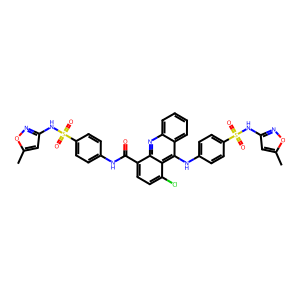
SMILES: Cc1cc(NS(=O)(=O)c2ccc(NC(=O)c3ccc(Cl)c4c(Nc5ccc(S(=O)(=O)Nc6cc(C)on6)cc5)c5ccccc5nc34)cc2)no1
Inhibits HIV replication: No